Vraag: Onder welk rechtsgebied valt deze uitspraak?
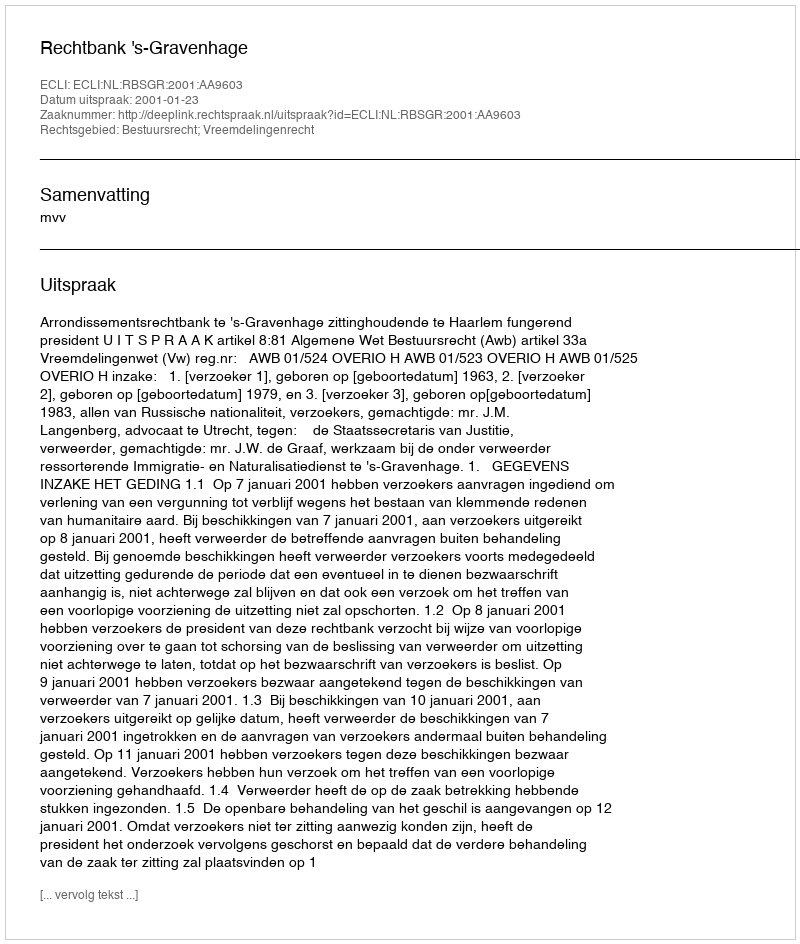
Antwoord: Bestuursrecht; Vreemdelingenrecht